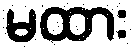
မထား